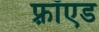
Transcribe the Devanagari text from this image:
फ़्रॉएड